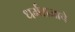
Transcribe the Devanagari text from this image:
धर्मराजाचे